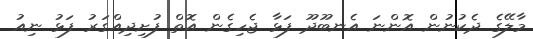
މާލޭގެ ދެކުނުން އޮންނަ އެނބޫދޫ ފަޅާ ޖެހިގެން އޮތް ފުށިދިއްގަރު ފަޅު ނިއު